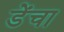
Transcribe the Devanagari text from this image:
डेंचा